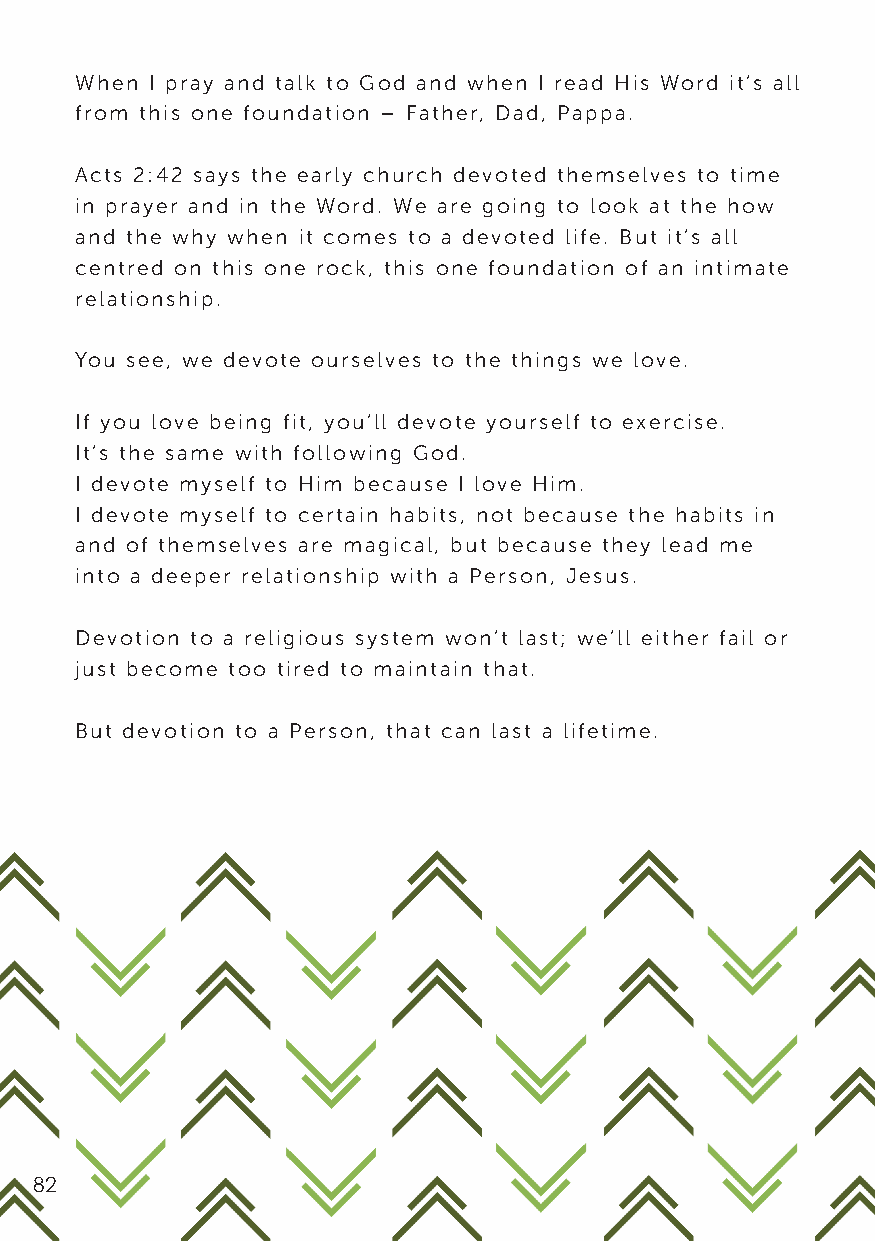
When I pray and talk to God and when I read His Word it’s all
 from this one foundation – Father, Dad, Pappa.
 Acts 2:42 says the early church devoted themselves to time
 in prayer and in the Word. We are going to look at the how
 and the why when it comes to a devoted life. But it’s all
 centred on this one rock, this one foundation of an intimate
 relationship.
 You see, we devote ourselves to the things we love.
 If you love being fit, you’ll devote yourself to exercise.
 It’s the same with following God.
 I devote myself to Him because I love Him.
 I devote myself to certain habits, not because the habits in
 and of themselves are magical, but because they lead me
 into a deeper relationship with a Person, Jesus.
 Devotion to a religious system won’t last; we’ll either fail or
 just become too tired to maintain that.
 But devotion to a Person, that can last a lifetime.
 82